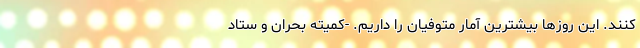
کنند. این روزها بیشترین آمار متوفیان را داریم. -کمیته بحران و ستاد